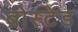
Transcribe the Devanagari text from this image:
ब्रोस्टेड